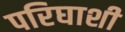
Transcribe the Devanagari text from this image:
परिघाशी